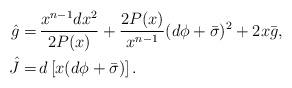
LaTeX: \begin{align*}\hat{g} =&\, \frac{x^{n-1} dx^2}{2P(x)} + \frac{2P(x)}{x^{n-1}} (d\phi + \bar{\sigma})^2 + 2 x \bar{g}, \\\hat{J} =&\, d \left [ x (d\phi + \bar\sigma)\right ].\end{align*}